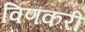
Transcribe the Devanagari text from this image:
विणकरी